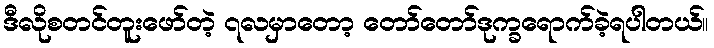
ဒီလိုစတင်တူးဖော်တဲ့ ၇လမှာတော့ တော်တော်ဒုက္ခရောက်ခဲ့ရပါတယ်။